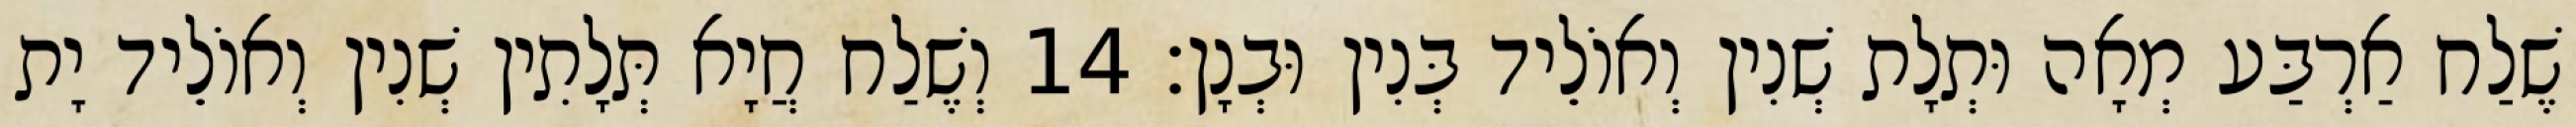
שֶׁלַח אַרְבַּע מְאָה וּתְלָת שְׁנִין וְאוֹלֵיד בְּנִין וּבְנָן׃ 14 וְשֶׁלַח חֲיָא תְּלָתִין שְׁנִין וְאוֹלֵיד יָת